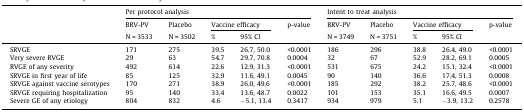
<table><thead><tr><td rowspan="3"></td><td colspan="5"><b>Per protocol analysis</b></td><td colspan="5"><b>Intent to treat analysis</b></td></tr><tr><td><b>BRV-PV</b></td><td><b>Placebo</b></td><td colspan="2"><b>Vaccine efficacy</b></td><td rowspan="2"><b>p-value</b></td><td><b>BRV-PV</b></td><td><b>Placebo</b></td><td colspan="2"><b>Vaccine efficacy</b></td><td rowspan="2"><b>p-value</b></td></tr><tr><td><b>N = 3533</b></td><td><b>N = 3502</b></td><td><b>%</b></td><td><b>95% CI</b></td><td><b>N = 3749</b></td><td><b>N = 3751</b></td><td><b>%</b></td><td><b>95% CI</b></td></tr></thead><tbody><tr><td>SRVGE</td><td>171</td><td>275</td><td>39.5</td><td>26.7, 50.0</td><td>&lt;0.0001</td><td>186</td><td>296</td><td>38.8</td><td>26.4, 49.0</td><td>&lt;0.0001</td></tr><tr><td>Very severe RVGE</td><td>29</td><td>63</td><td>54.7</td><td>29.7, 70.8</td><td>0.0004</td><td>32</td><td>67</td><td>52.9</td><td>28.2, 69.1</td><td>0.0005</td></tr><tr><td>RVGE of any severity</td><td>492</td><td>614</td><td>22.6</td><td>12.9, 31.3</td><td>&lt;0.0001</td><td>531</td><td>675</td><td>24.2</td><td>15.1, 32.4</td><td>&lt;0.0001</td></tr><tr><td>SRVGE in first year of life</td><td>85</td><td>125</td><td>32.9</td><td>11.6, 49.1</td><td>0.0045</td><td>90</td><td>140</td><td>36.6</td><td>17.4, 51.3</td><td>0.0008</td></tr><tr><td>SRVGE against vaccine serotypes</td><td>170</td><td>271</td><td>38.9</td><td>26.0, 49.6</td><td>&lt;0.0001</td><td>185</td><td>292</td><td>38.2</td><td>25.7, 48.6</td><td>&lt;0.0001</td></tr><tr><td>SRVGE requiring hospitalization</td><td>95</td><td>140</td><td>33.4</td><td>13.6, 48.7</td><td>0.0022</td><td>101</td><td>153</td><td>35.1</td><td>16.6, 49.5</td><td>0.0007</td></tr><tr><td>Severe GE of any etiology</td><td>804</td><td>832</td><td>4.6</td><td>−5.1, 13.4</td><td>0.3417</td><td>934</td><td>979</td><td>5.1</td><td>−3.9, 13.2</td><td>0.2578</td></tr></tbody></table>